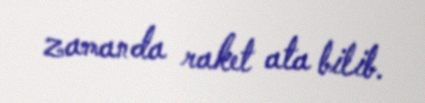
zamanda raket ata bilib.